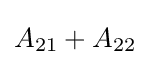
A_{21}+A_{22}